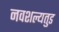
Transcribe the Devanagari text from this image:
नवशल्यतुड